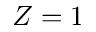
Z = 1